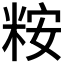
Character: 𫃀